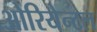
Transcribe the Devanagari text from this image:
ओरियेन्टल